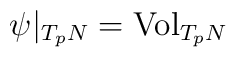
\psi|_{T_p N} = \hbox {Vol}_{T_p N}